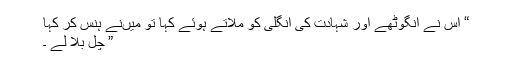
“ اس نے انگوٹھے اور شہادت کی انگلی کو ملاتے ہوئے کہا تو میںنے ہنس کر کہا
” چل بلا لے ۔